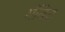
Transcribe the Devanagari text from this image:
गँबिट